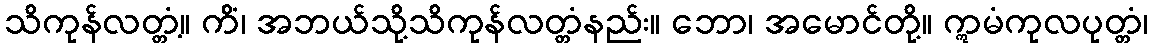
သိကုန်လတ္တံ့။ ကိံ၊ အဘယ်သို့သိကုန်လတ္တံနည်း။ ဘော၊ အမောင်တို့။ ဣမံကုလပုတ္တံ၊